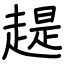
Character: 趧